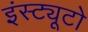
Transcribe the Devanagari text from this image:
इंस्ट्यूटो